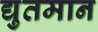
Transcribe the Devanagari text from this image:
द्युतमान